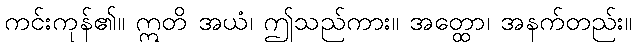
ကင်းကုန်၏။ ဣတိ အယံ၊ ဤသည်ကား။ အတ္ထော၊ အနက်တည်း။